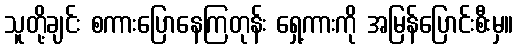
သူတို့ချင်း စကားပြောနေကြတုန်း ရှေ့ကားကို အမြန်ပြောင်းစီးမှ။